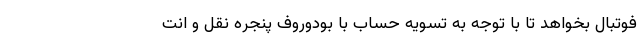
فوتبال بخواهد تا با توجه به تسویه حساب با بودوروف پنجره نقل و انت